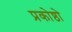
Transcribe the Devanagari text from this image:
प्रकोष्ठो